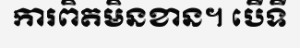
ការពិតមិនខាន។ បើទី